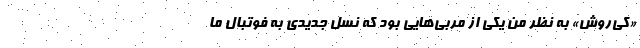
«کی‌روش» به نظر من یکی از مربی‌هایی بود که نسل جدیدی به فوتبال ما